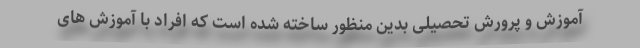
آموزش و پرورش تحصیلی بدین منظور ساخته شده است که افراد با آموزش های